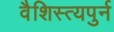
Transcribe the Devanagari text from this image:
वैशिस्त्यपुर्न